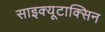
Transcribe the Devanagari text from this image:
साइक्यूटाक्सिन